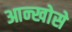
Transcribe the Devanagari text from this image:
आन्खोसे